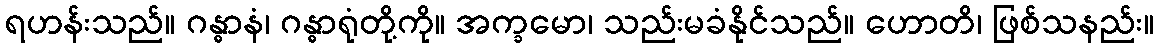
ရဟန်းသည်။ ဂန္ဓာနံ၊ ဂန္ဓာရုံတို့ကို။ အက္ခမော၊ သည်းမခံနိုင်သည်။ ဟောတိ၊ ဖြစ်သနည်း။